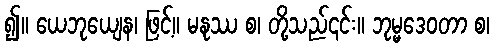
၍။ ယေဘုယျေန၊ ဖြင့်။ မနုဿ စ၊ တို့သည်၎င်း။ ဘုမ္မဒေဝတာ စ၊